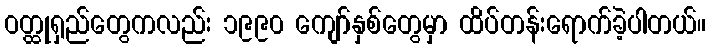
ဝတ္ထုရှည်တွေကလည်း ၁၉၉၀ ကျော်နှစ်တွေမှာ ထိပ်တန်းရောက်ခဲ့ပါတယ်။